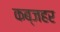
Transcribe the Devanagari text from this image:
कब्जहर